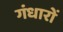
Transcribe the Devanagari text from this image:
गंधारों